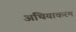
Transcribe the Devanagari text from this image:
अथियाकरम